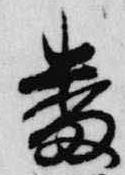
番